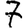
Digit: 7